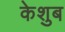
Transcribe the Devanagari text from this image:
केशुब